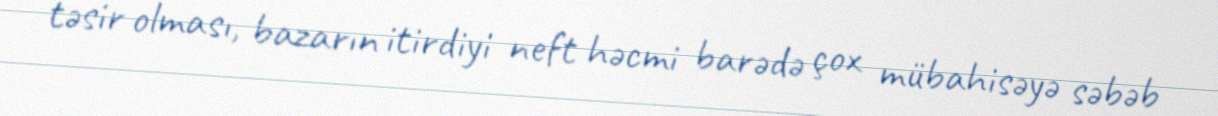
təsir olması, bazarın itirdiyi neft həcmi barədə çox mübahisəyə səbəb